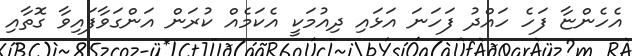
އެހެންޏާ ފަހެ ހައްދު ފަހަނަ އަޅައި ދިއުމަކީ އެކަމެއް ކުރަން އަންގަވާފައިވާ ގޮތާއި